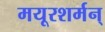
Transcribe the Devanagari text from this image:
मयूरशर्मन्